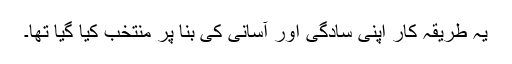
یہ طریقہ کار اپنی سادگی اور آسانی کی بنا پر منتخب کیا گیا تھا۔